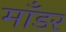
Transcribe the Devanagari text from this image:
माँडर